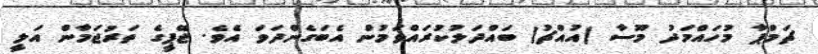
ޗަމްޕާ މުހައްމަދު މޫސާ (އުއްޗު) ބައްދަލުކުރައްވަމުން އެބަގެންދަވަ އެވެ. ޖޭޕީގެ ތަރުޖަމާން އަލީ